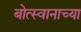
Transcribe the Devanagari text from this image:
बोत्स्वानाच्या